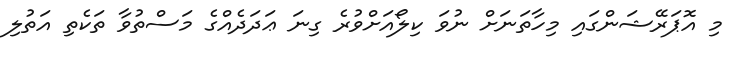
މި އޮޕަރޭޝަންގައި މިހާތަނަށް ނުވަ ކިލޯއަށްވުރެ ގިނަ ޢަދަދެއްގެ މަސްތުވާ ތަކެތި އަތުލި